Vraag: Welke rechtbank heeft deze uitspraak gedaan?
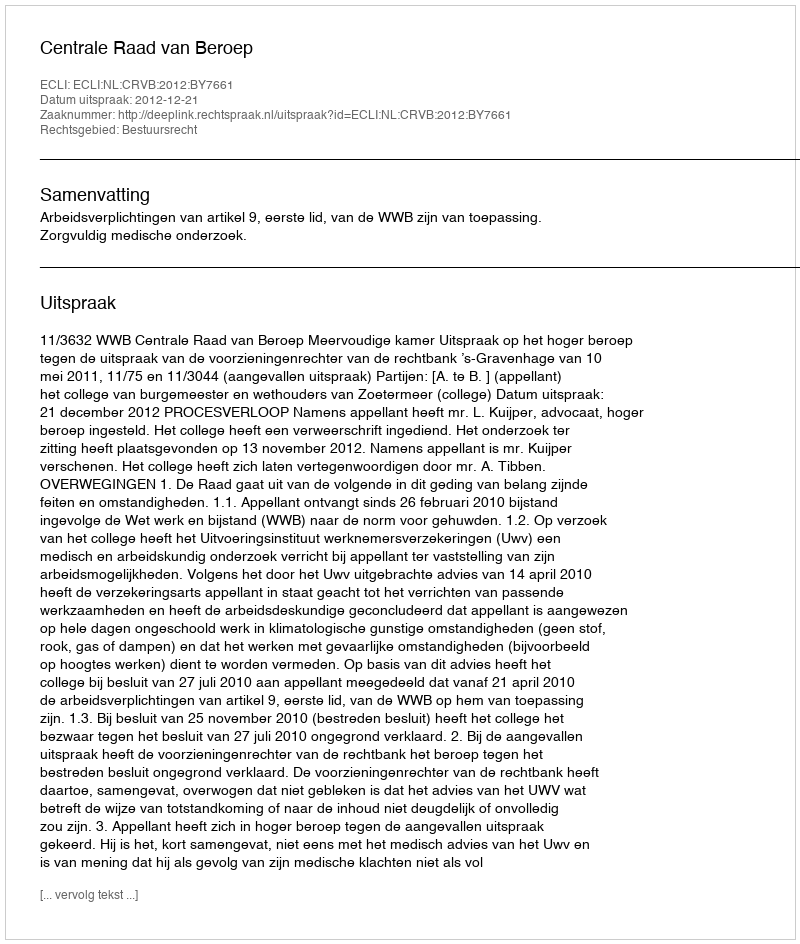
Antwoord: Centrale Raad van Beroep